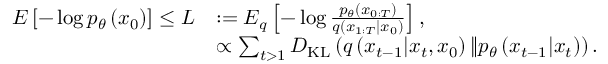
\begin{array} { r l } { E \left[ - \log p _ { \theta } \left( x _ { 0 } \right) \right] \leq L } & { : = E _ { q } \left[ - \log \frac { p _ { \theta } \left( x _ { 0 : T } \right) } { q \left( x _ { 1 : T } | x _ { 0 } \right) } \right] , } \\ & { \propto \sum _ { t > 1 } D _ { \mathrm { K L } } \left( q \left( x _ { t - 1 } | x _ { t } , x _ { 0 } \right) \| p _ { \theta } \left( x _ { t - 1 } | x _ { t } \right) \right) . } \end{array}